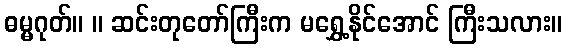
ဓမ္မဂုတ်။ ။ ဆင်းတုတော်ကြီးက မရွှေ့နိုင်အောင် ကြီးသလား။